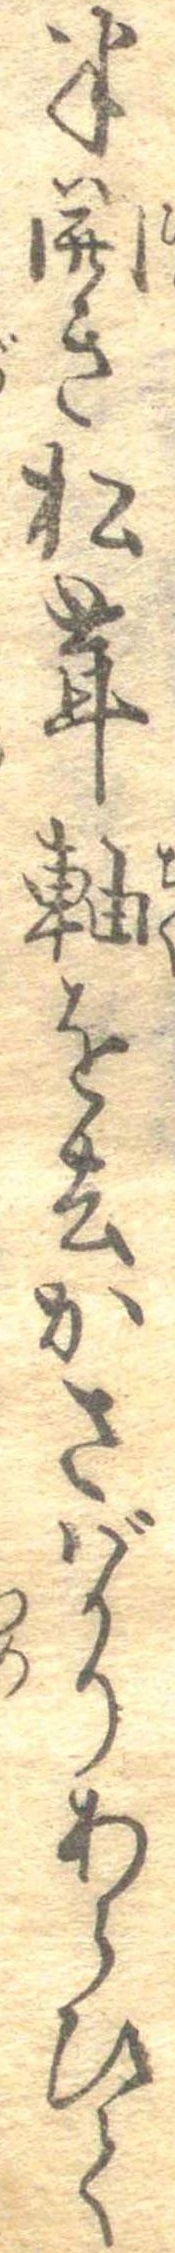
半開き松茸軸を去かさばかりあらひて